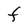
Character: F